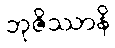
ဘုဇိဿာနိ